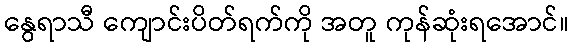
နွေရာသီ ကျောင်းပိတ်ရက်ကို အတူ ကုန်ဆုံးရအောင်။